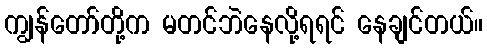
ကျွန်တော်တို့က မတင်ဘဲနေလို့ရရင် နေချင်တယ်။